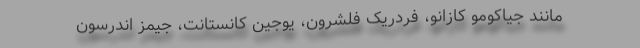
مانند جیاکومو کازانو، فردریک فلشرون، یوجین کانستانت، جیمز اندرسون